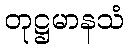
တုဋ္ဌမာနသံ